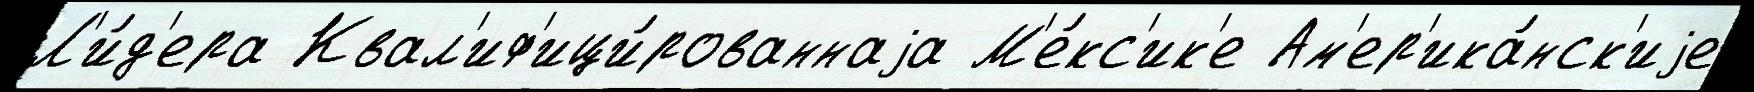
Л'и́д'ера Квал'иф'ици́рованнаjа М'е́кс'ик'е Ам'ер'ика́нск'иjе